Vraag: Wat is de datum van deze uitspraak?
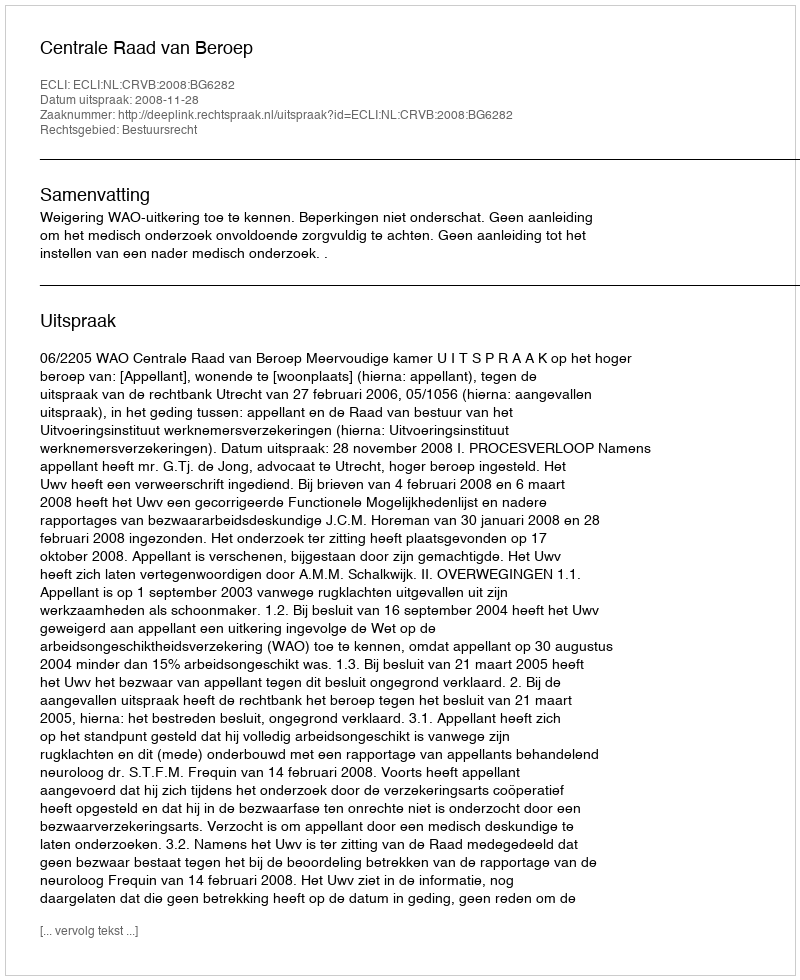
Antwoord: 2008-11-28